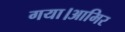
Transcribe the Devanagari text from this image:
गया।आमिर